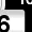
Digit: 6